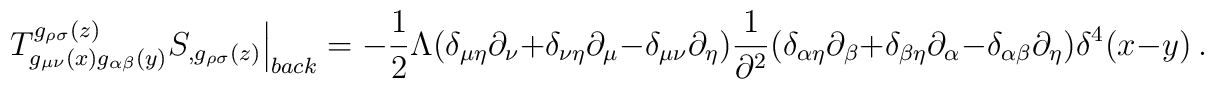
\left. T^{g_{\rho\sigma}(z)}_{g_{\mu\nu}(x)g_{\alpha\beta}(y)}S_{,g_{\rho\sigma}(z)}\right\vert_{back}=-\frac{1}{2}\Lambda(\delta_{\mu\eta}\partial_{\nu}+\delta_{\nu\eta}\partial_{\mu}-\delta_{\mu\nu}\partial_{\eta})\frac{1}{\partial^{2}}(\delta_{\alpha\eta}\partial_{\beta}+\delta_{\beta\eta}\partial_{\alpha}-\delta_{\alpha\beta}\partial_{\eta})\delta^{4}(x-y)\ .